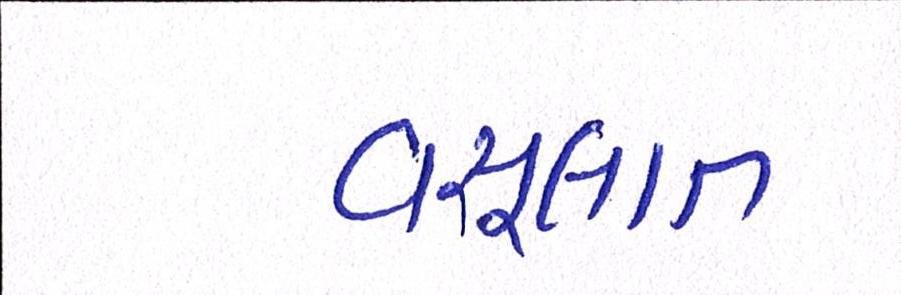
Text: વસૂલાત